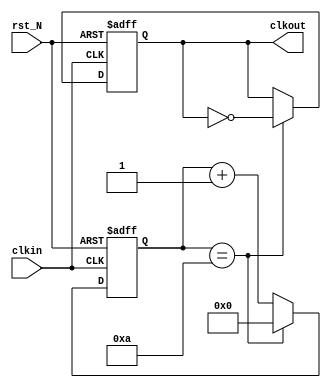
module ClockDivider (
	input						clkin			,
	input						rst_N			,
	output						clkout			
);


	parameter					DivideNum		= 25'd10;//_000_000;


	reg							r_clkout		;
	reg			[25:0]			r_count			= 25'b0;


	assign		clkout			= r_clkout;



	always @(posedge clkin or negedge rst_N) begin
		if (!rst_N) begin
			r_count		<= 25'b0;
			r_clkout	<= 1'b0;
		end else begin
			if (r_count == DivideNum) begin
				r_count		<= 25'b0;
				r_clkout	<= !r_clkout;
			end else begin
				r_count		<= r_count + 25'b1;
				r_clkout	<= r_clkout;
			end
		end
	end


endmodule